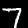
Digit: 7